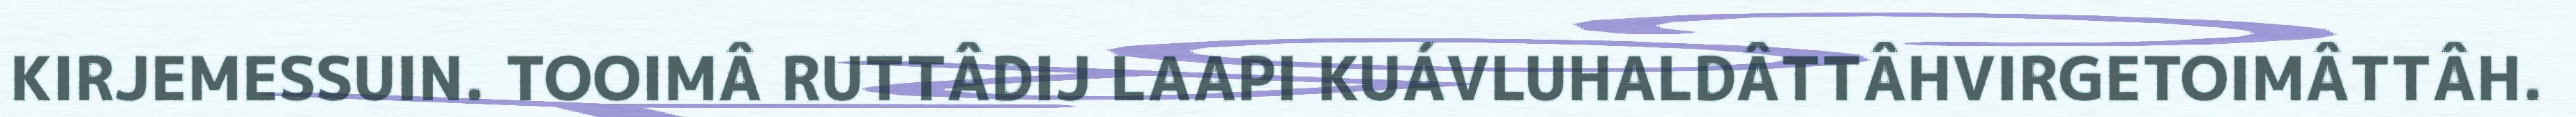
KIRJEMESSUIN. TOOIMÂ RUTTÂDIJ LAAPI KUÁVLUHALDÂTTÂHVIRGETOIMÂTTÂH.